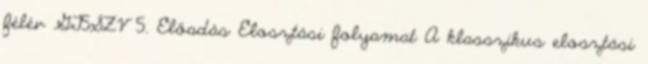
félév GT5SZV 5. Előadás Elosztási folyamat A klasszikus elosztási